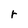
Character: r